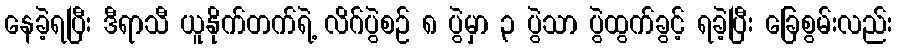
နေခဲ့ရပြီး ဒီရာသီ ယူနိုက်တက်ရဲ့ လိဂ်ပွဲစဉ် ၈ ပွဲမှာ ၃ ပွဲသာ ပွဲထွက်ခွင့် ရခဲ့ပြီး ခြေစွမ်းလည်း